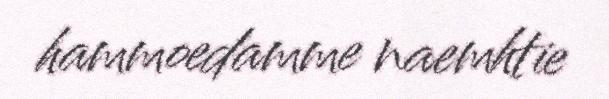
hammoedamme naemhtie